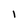
Character: l